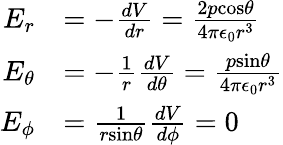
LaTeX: \begin{array}{rl}{E_{r}}&{=-\frac{dV}{dr}=\frac{2p\mathrm{cos}\theta}{4\pi\epsilon_{0}r^{3}}}\\ {E_{\theta}}&{=-\frac{1}{r}\frac{dV}{d\theta}=\frac{p\mathrm{sin}\theta}{4\pi\epsilon_{0}r^{3}}}\\ {E_{\phi}}&{=\frac{1}{r\mathrm{sin}\theta}\frac{dV}{d\phi}=0}\end{array}